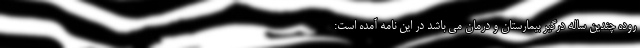
روده چندین ساله درگیر بیمارستان و درمان می باشد در این نامه آمده است: